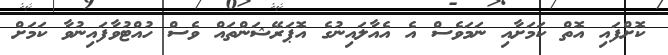
ކޮށްފައި އޮތް ކަމަށާއި ނަމަވެސް އެ އެއާލައިނުގެ އޮޕަރޭޝަންތައް ވެސް ހުއްޓުވާފައިނުވާ ކަމަށް